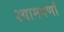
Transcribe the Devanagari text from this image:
श्यामवर्णां